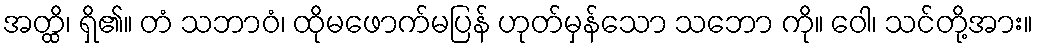
အတ္ထိ၊ ရှိ၏။ တံ သဘာဝံ၊ ထိုမဖောက်မပြန် ဟုတ်မှန်သော သဘော ကို။ ဝေါ၊ သင်တို့အား။